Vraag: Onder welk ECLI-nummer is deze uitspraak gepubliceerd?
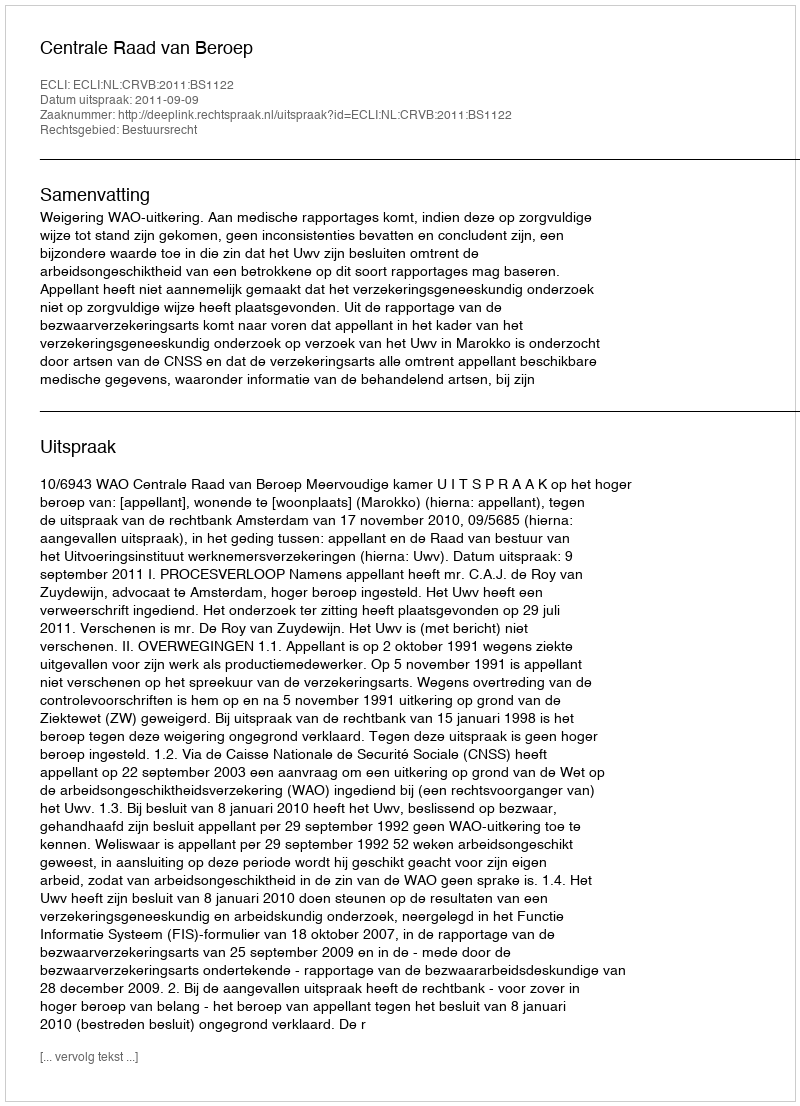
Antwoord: ECLI:NL:CRVB:2011:BS1122